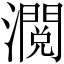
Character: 𱩶